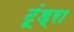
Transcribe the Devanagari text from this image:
टूंड्रा